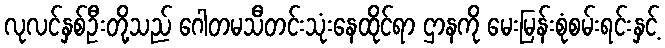
လုလင်နှစ်ဦးတို့သည် ဂေါတမသီတင်းသုံးနေထိုင်ရာ ဌာနကို မေးမြန်းစုံစမ်းရင်းနှင့်